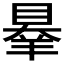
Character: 𦎝